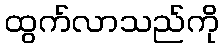
ထွက်လာသည်ကို